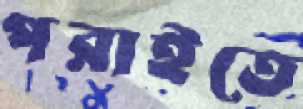
পরাইতে